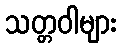
သတ္တဝါများ